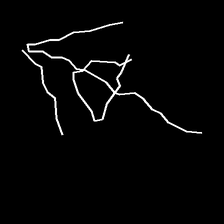
Glyph: pull